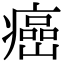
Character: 癌